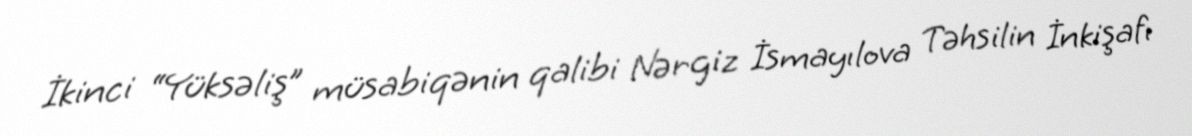
İkinci “Yüksəliş” müsabiqənin qalibi Nərgiz İsmayılova Təhsilin İnkişafı